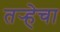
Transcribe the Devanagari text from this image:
तर्‍हेचा